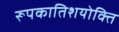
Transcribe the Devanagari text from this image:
रूपकातिशयोक्ति